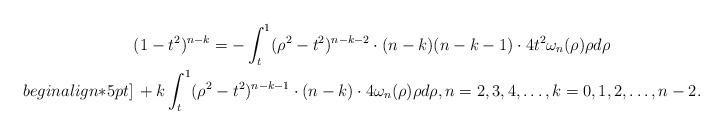
LaTeX: \begin{align*}&(1-t^2)^{n-k}=-\int_t^1(\rho^2-t^2)^{n-k-2}\cdot(n-k)(n-k-1)\cdot 4t^2\omega_n(\rho)\rho d\rho\\begin{align*}5pt]&\,+k\int_t^1(\rho^2-t^2)^{n-k-1}\cdot(n-k)\cdot 4\omega_n(\rho)\rho d\rho, n=2,3,4,\ldots, k=0,1,2,\ldots,n-2.\end{align*}